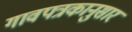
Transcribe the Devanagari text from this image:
गावपत्रकानुसार